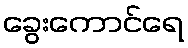
ခွေးကောင်ရေ